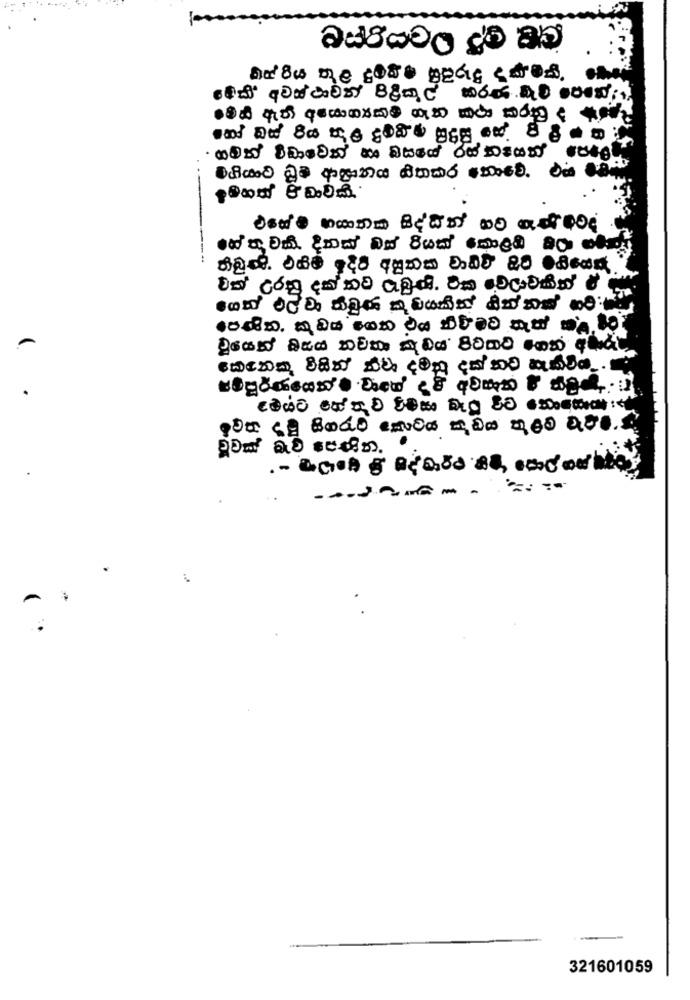
gow at seain
--------
321601059